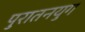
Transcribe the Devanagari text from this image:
पुरातनयुग